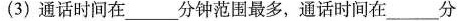
(3)通话时间在____分钟范围最多，通话时间在____分